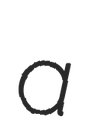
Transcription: a